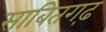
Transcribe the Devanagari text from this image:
साबितगढ़